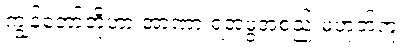
ကျွန်တော်တို့ဟာ အာဏာ ရအဖွဲ့အစည်းမဟုတ်ဘူး။